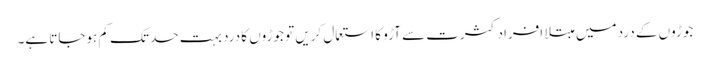
جوڑوں کے درد میں مبتلا افراد کثرت سے آڑو کا استعمال کریں تو جوڑوں کا درد بہت حد تک کم ہوجاتا ہے۔